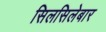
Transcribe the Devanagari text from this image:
सिलसिलेबार